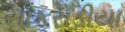
સાકરોડીયા